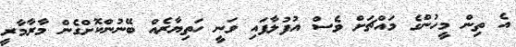
އެ ތިން މީހުންގެ މައްޗަށް ވެސް އުފުލާފައި ވަނީ ހަތިޔާރެއް ބޭނުންކޮށްގެން މާރާމާރީ